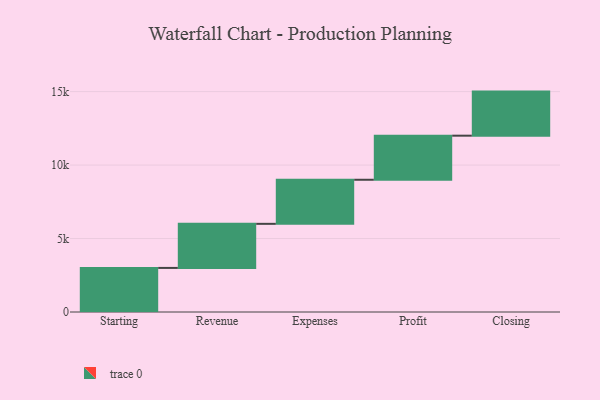
{"axis": {"x": "Step", "y": "Value"}, "legend": [""], "data": [{"x": "Starting", "y": 3000, "type": ""}, {"x": "Revenue", "y": 3000, "type": ""}, {"x": "Expenses", "y": 3000, "type": ""}, {"x": "Profit", "y": 3000, "type": ""}, {"x": "Closing", "y": 3000, "type": ""}]}